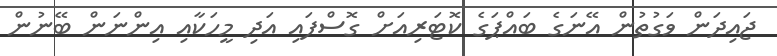
ޖައިދަން ވަގުތުން އޭނަގެ ބައްޕަގެ ކޮޓަރިއަށް ގޮސްފައި އަދި މީހަކާއި އިންނަން ބޭނުން